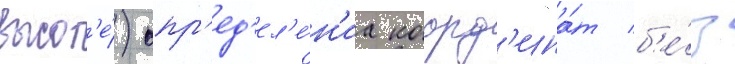
высот'е́) опр'ед'ел'е́н'иа коорд'ина́т б'е́з